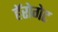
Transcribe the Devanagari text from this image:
हॅरोगेट